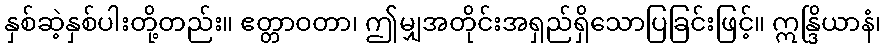
နှစ်ဆဲ့နှစ်ပါးတို့တည်း။ ဧတ္တာဝတာ၊ ဤမျှအတိုင်းအရှည်ရှိသောပြခြင်းဖြင့်။ ဣန္ဒြိယာနံ၊